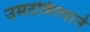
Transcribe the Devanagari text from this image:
उमटविल्याने